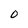
Character: 0